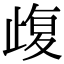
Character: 𣦇